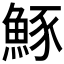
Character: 𫙠